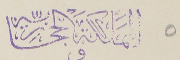
المَملَكَة الحجازِيةّ